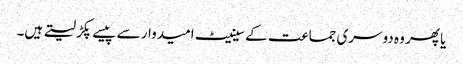
یا پھر وہ دوسری جماعت کے سینیٹ امیدوار سے پیسے پکڑ لیتے ہیں۔